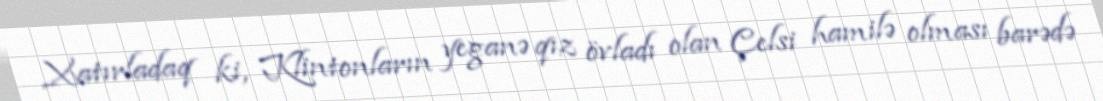
Xatırladaq ki, Klintonların yeganə qız övladı olan Çelsi hamilə olması barədə